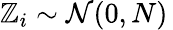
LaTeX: \mathbb{Z}_{i}\sim{\mathcal{{N}}}(0,N)\,